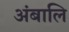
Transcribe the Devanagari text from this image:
अंबालि